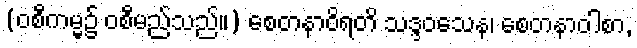
(ဝစီကမ္မ၌ ဝစီမည်သည်။) စေတနာဝိရတိ သဒ္ဒဝသေန၊ စေတနာဝါစာ,